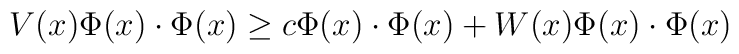
V(x)\Phi(x) \cdot \Phi(x) \geq c\Phi(x)\cdot \Phi(x) +  W(x)\Phi(x) \cdot \Phi(x)